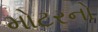
મોટરનો